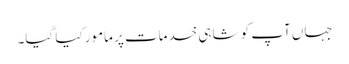
جہاں آپ کو شاہی خدمات پر مامور کیا گیا۔